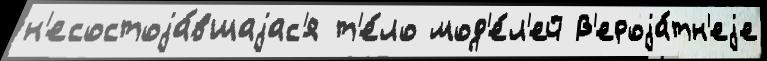
н'есостоjа́вшаjас'я т'е́ло мод'е́л'ей В'ероjа́тн'еjе